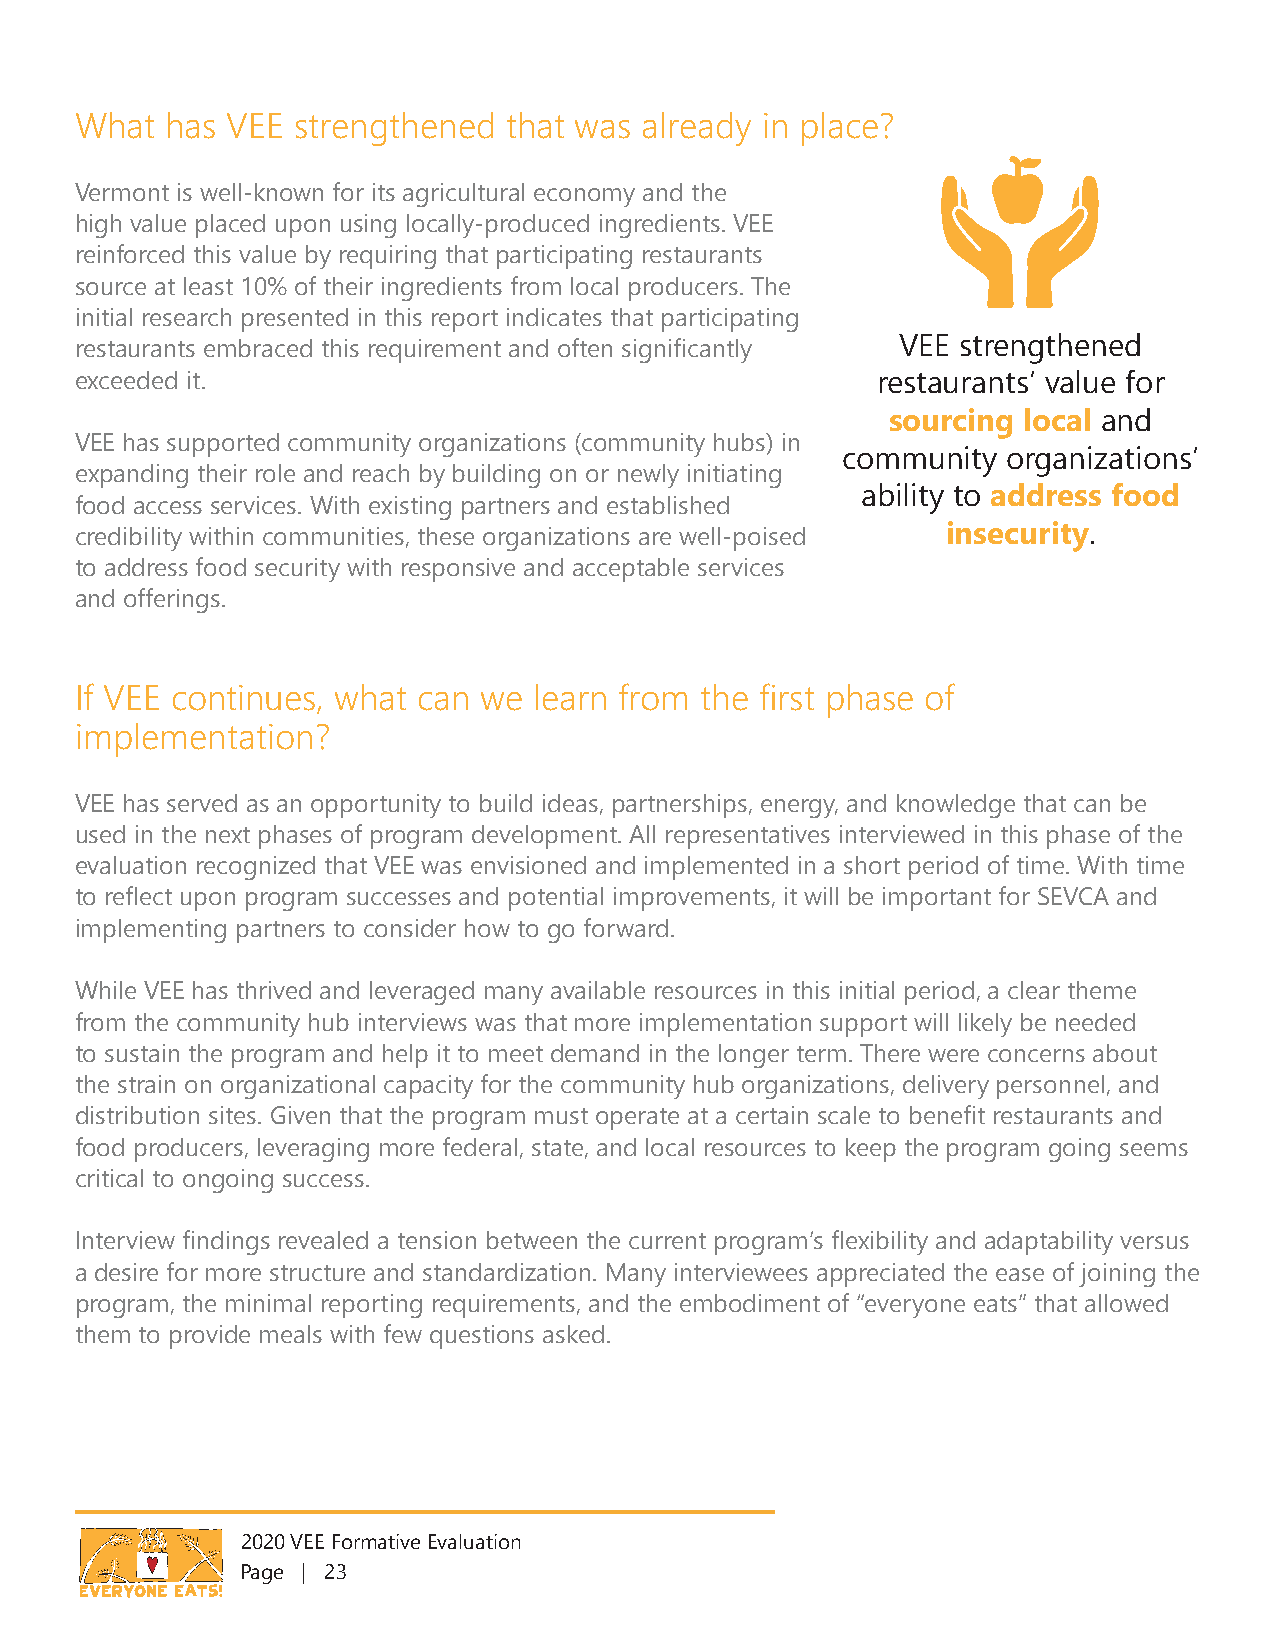
What  has VEE strengthened  that was already in place?
 Vermont is well-known for its agricultural economy and the
 high value placed upon using locally-produced ingredients. VEE
 reinforced this value by requiring that participating restaurants
 source at least 10% of their ingredients from local producers. The
 initial research presented in this report indicates that participating
 restaurants embraced this requirement and often significantly VEE strengthened
 exceeded it.                                         restaurants’ value for
 sourcing local and
 VEE has supported community organizations (community hubs) in
 community  organizations’
 expanding their role and reach by building on or newly initiating
 ability to address food
 food access services. With existing partners and established
 credibility within communities, these organizations are well-poised insecurity.
 to address food security with responsive and acceptable services
 and offerings.
 If VEE continues, what can we learn from the first phase of
 implementation?
 VEE has served as an opportunity to build ideas, partnerships, energy, and knowledge that can be
 used in the next phases of program development. All representatives interviewed in this phase of the
 evaluation recognized that VEE was envisioned and implemented in a short period of time. With time
 to reflect upon program successes and potential improvements, it will be important for SEVCA and
 implementing partners to consider how to go forward.
 While VEE has thrived and leveraged many available resources in this initial period, a clear theme
 from the community hub interviews was that more implementation support will likely be needed
 to sustain the program and help it to meet demand in the longer term. There were concerns about
 the strain on organizational capacity for the community hub organizations, delivery personnel, and
 distribution sites. Given that the program must operate at a certain scale to benefit restaurants and
 food producers, leveraging more federal, state, and local resources to keep the program going seems
 critical to ongoing success.
 Interview findings revealed a tension between the current program’s flexibility and adaptability versus
 a desire for more structure and standardization. Many interviewees appreciated the ease of joining the
 program, the minimal reporting requirements, and the embodiment of “everyone eats” that allowed
 them to provide meals with few questions asked.
 2020 VEE Formative Evaluation
 Page | 23